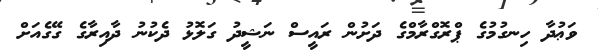
ވަޢުދާ ހިނގުމުގެ ޕްރޮގްރާމްގެ ދަށުން ރައީސް ނަޝީދު ގަލޮޅު ދެކުނު ދާއިރާގެ ގޭގެއަށް